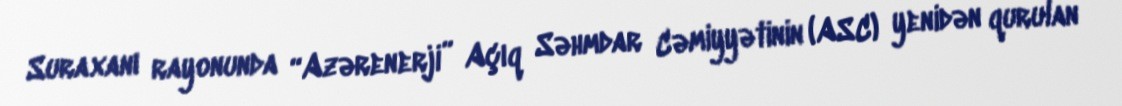
Suraxanı rayonunda “Azərenerji” Açıq Səhmdar Cəmiyyətinin (ASC) yenidən qurulan